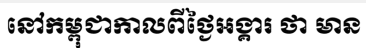
នៅកម្ពុជាកាលពីថ្ងៃអង្គារ ថា មាន